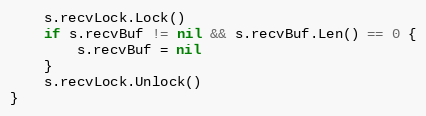
Language: Go
	s.recvLock.Lock()
	if s.recvBuf != nil && s.recvBuf.Len() == 0 {
		s.recvBuf = nil
	}
	s.recvLock.Unlock()
}